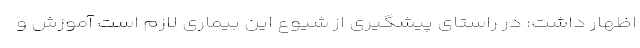
اظهار داشت: در راستای پیشگیری از شیوع این بیماری لازم است آموزش و